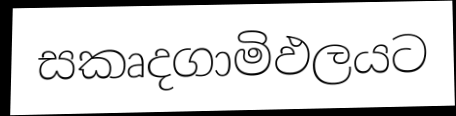
සකෘදගාමිඵලයට